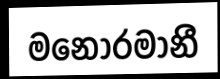
මනෝරමානී